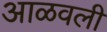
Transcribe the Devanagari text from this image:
आळवली